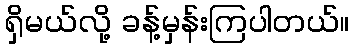
ရှိမယ်လို့ ခန့်မှန်းကြပါတယ်။